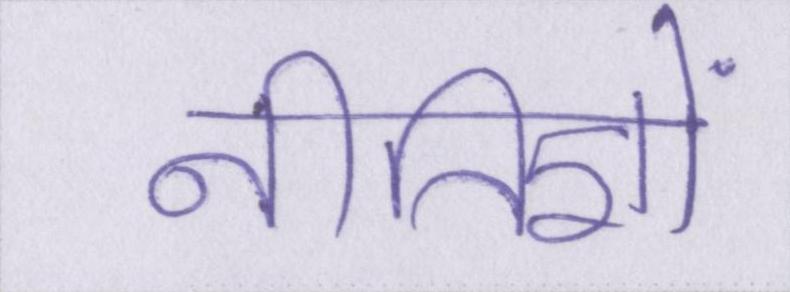
नीतिज्ञों